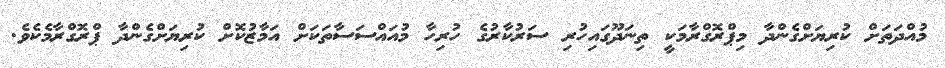
މުއްދަތަށް ކުރިޔަށްގެންދާ މިޕްރޮގްރާމަކީ ތިނަދޫގައިހުރި ސަރުކާރުގެ ހުރިހާ މުއައްސަސާތަކަށް އަމާޒުކޮށް ކުރިޔަށްގެންދާ ޕްރޮގްރާމެކެވެ.